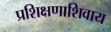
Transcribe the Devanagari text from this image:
प्रशिक्षणाशिवाय